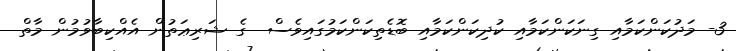
3- މަދުކަންކަމާއި ގިނަކަންކަމާއި ކުދިކަންކަމާއި ބޮޑެތިކަންކަމުގައިވެސް  ގެ ޝަރިޢަތުން އެއްކިބާވުމުން މާތް